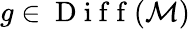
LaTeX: g\in\mathrm{~D~i~f~f~}(\mathcal{M})